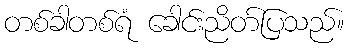
တစ်ခါတစ်ရံ ခေါင်းညိတ်ပြသည်။